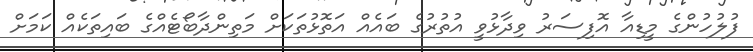
ފުލުހުންގެ މީޑިއާ އޮފިސަރު ވިދާޅުވީ އުތުރުގެ ބައެއް އަތޮޅުތަކަށް މަތިންދާބޯޓެއްގެ ބައިތަކެއް ކަމަށް